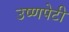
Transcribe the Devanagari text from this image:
उष्णपेटी